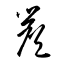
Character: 簷